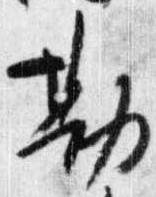
勘